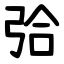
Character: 㢵